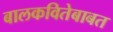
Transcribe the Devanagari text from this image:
बालकवितेबाबत